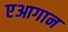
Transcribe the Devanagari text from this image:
एआगान